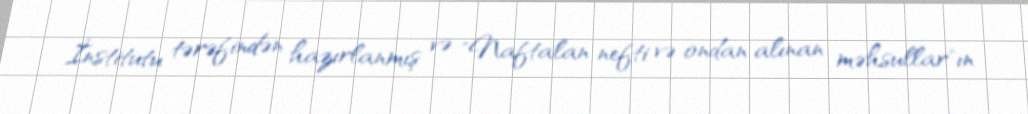
İnstitutu tərəfindən hazırlanmış və "Naftalan nefti və ondan alınan məhsullar"ın